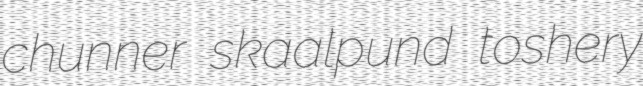
chunner skaalpund toshery